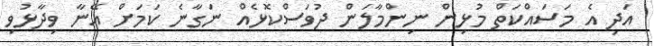
އަދި އެ މަސައްކަތް މުޅިން ނިންމާލަން ދުވަސްކޮޅެއް ނަގާނެ ކަމަށް އޭނާ ވިދާޅުވި